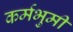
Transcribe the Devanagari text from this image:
कर्मभुमी